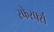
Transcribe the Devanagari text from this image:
स्र्फेर्स्फ्स